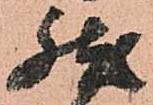
然